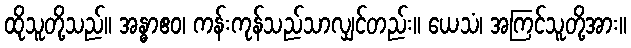
ထိုသူတို့သည်။ အန္ဓာဧဝ၊ ကန်းကုန်သည်သာလျှင်တည်း။ ယေသံ၊ အကြင်သူတို့အား။